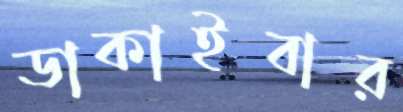
ডাকাইবার